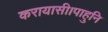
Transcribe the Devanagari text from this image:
करायासी।पाहुनि